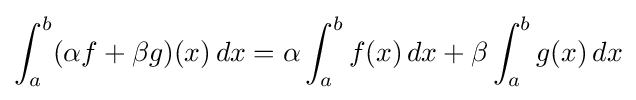
\int _{a}^{b}(\alpha f+\beta g)(x)\,dx=\alpha \int _{a}^{b}f(x)\,dx+\beta \int _{a}^{b}g(x)\,dx